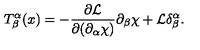
T _ { \beta } ^ { \alpha } ( x ) = - \frac { \partial \mathcal { L } } { \partial ( \partial _ { \alpha } \chi ) } \partial _ { \beta } \chi + \mathcal { L } \delta _ { \beta } ^ { \alpha } .